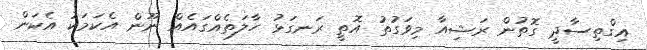
އިގްތިސާދީ ގޮތުން ރަޝިއާ މިވަގުތު އޮތީ ރަނގަޅު ހާލަތެއްގައެއް ނޫން އެކަމަކު އެކަން